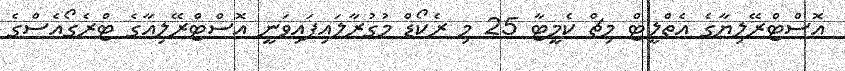
އޮސްޓްރޭލިޔާގެ އެތްލީޓް މިޗް ކެމީޓާ 25 މި ރެކޯޑް މުގުރާލައިފައިވަނީ އޮސްޓްރޭލިއާގެ ޓްރެގޯއެސްގެ